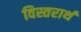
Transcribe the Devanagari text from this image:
विस्तरार्थ